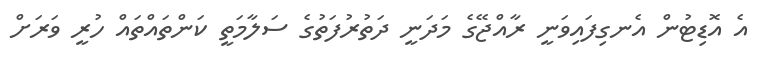
އެ އޮޑިޓުން އެނގިފައިވަނީ ރާއްޖޭގެ މަދަނީ ދަތުރުފަތުގެ ސަލާމަތީ ކަންތައްތައް ހުރީ ވަރަށް